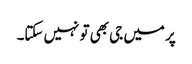
پر میں جی بھی تو نہیں سکتا۔